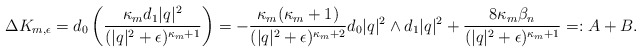
\begin{align*} \begin{aligned} \Delta K_{m,\epsilon} = d_0 \left(\frac{\kappa_m d_1|q|^2}{(|q|^2+\epsilon)^{\kappa_m+1}}\right)= -\frac{\kappa_m(\kappa_m+1)}{(|q|^2+\epsilon)^{\kappa_m+2}}d_0|q|^2\wedge d_1|q|^2+\frac{8\kappa_m\beta_n}{(|q|^2+\epsilon)^{\kappa_m+1}}=:A+B.\end{aligned} \end{align*}